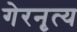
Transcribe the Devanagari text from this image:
गेरनृत्य